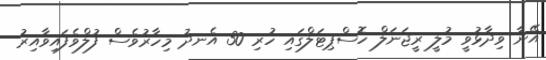
އޭނާ ވިދާޅުވީ މުލީ ރީޖަނަލް ހޮސްޕިޓަލްގައި ހުރި 30 އެނދު މިހާރުވެސް ފުލްވެފައިވާއިރު